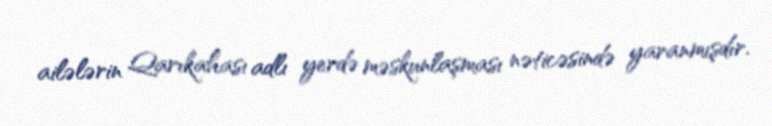
ailələrin Qarıkahası adlı yerdə məskunlaşması nəticəsində yaranmışdır.